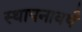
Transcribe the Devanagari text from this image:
स्थापनावर्ष